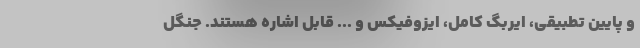
و پایین تطبیقی، ایربگ کامل، ایزوفیکس و ... قابل اشاره هستند. جنگل